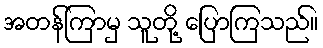
အတန်ကြာမှ သူတို့ ပြောကြသည်။